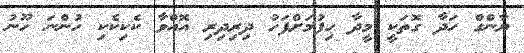
ޔާންގް ހަދާ ގޮތަކީ މީދާ ހިފުމަށްފަހު ދިރިދިރި އޮއްވާ ކެކިކެކި ހުންނަ ހޫނު